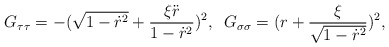
\begin{align*}G_{\tau\tau}=-(\sqrt{1-\dot{r}^2}+\frac{\xi\ddot{r}}{1-\dot{r}^2})^2,\;\;G_{\sigma\sigma}=(r+\frac{\xi}{\sqrt{1-\dot{r}^2}})^2,\end{align*}